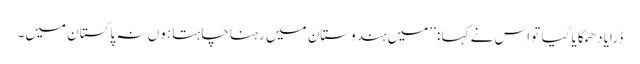
ڈرایا دھمکایا گیا تو اس نے کہا : ’’میں ہندوستان میں رہنا چاہتا ہوں نہ پاکستان میں۔